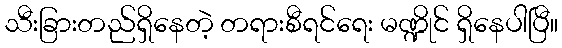
သီးခြားတည်ရှိနေတဲ့ တရားစီရင်ရေး မဏ္ဍိုင် ရှိနေပါပြီ။